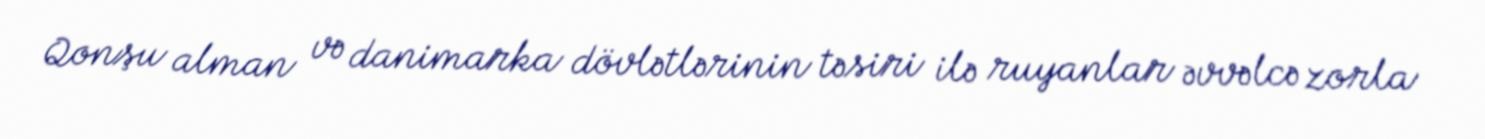
Qonşu alman və danimarka dövlətlərinin təsiri ilə ruyanlar əvvəlcə zorla